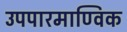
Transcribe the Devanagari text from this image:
उपपारमाण्विक